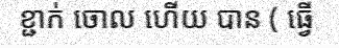
ខ្ជាក់ ចោល ហើយ បាន ( ធ្វើ